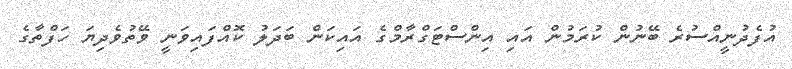
އުފެދުނީއްސުރެ ބޭނުން ކުރަމުން އައި އިންސްޓަގްރާމްގެ އައިކަން ބަދަލު ކޮއްފައިވަނީ ވޭތުވެދިޔަ ހަފްތާގެ